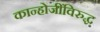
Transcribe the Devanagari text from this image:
कान्होजींविरुद्ध